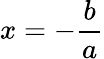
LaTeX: x=-{\frac{b}{a}}